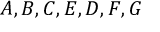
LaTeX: A , B , C , E , D , F , G